Scottish Certificate of Education, 1962
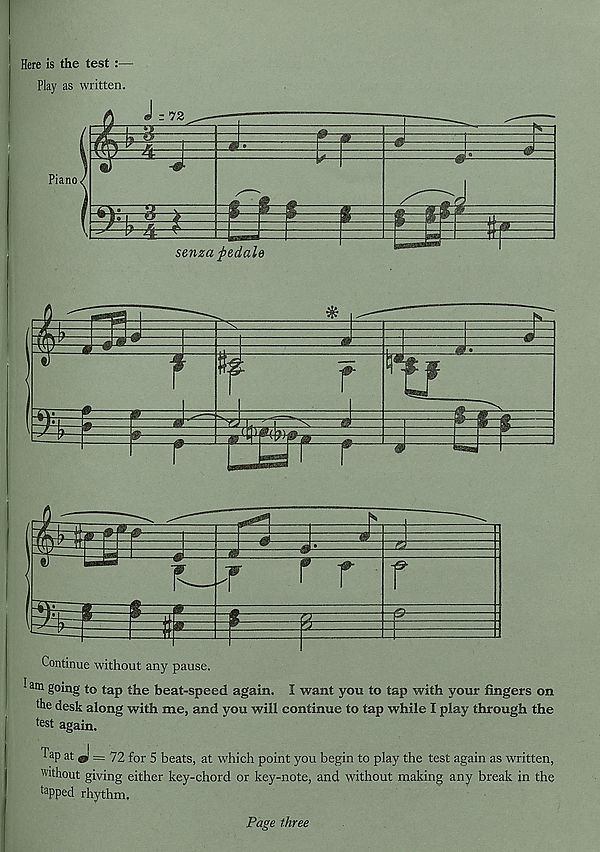
Here is the test :—
Play as written.
Continue without any pause.
am g°ing to tap the beat-speed again. I want you to tap with your fingers on
the desk along with me, and you will continue to tap while I play through the
test again.
Tap at ^ = 72 for 5 beats, at which point you begin to play the test again as written,
without giving either key-chord or key-note, and without making any break in the
tapped rhythm.
Page three